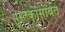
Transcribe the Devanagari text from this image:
पुस्तकांसोबत